Indian journal of veterinary science and animal husbandry - Volume 14,
Year: 1944
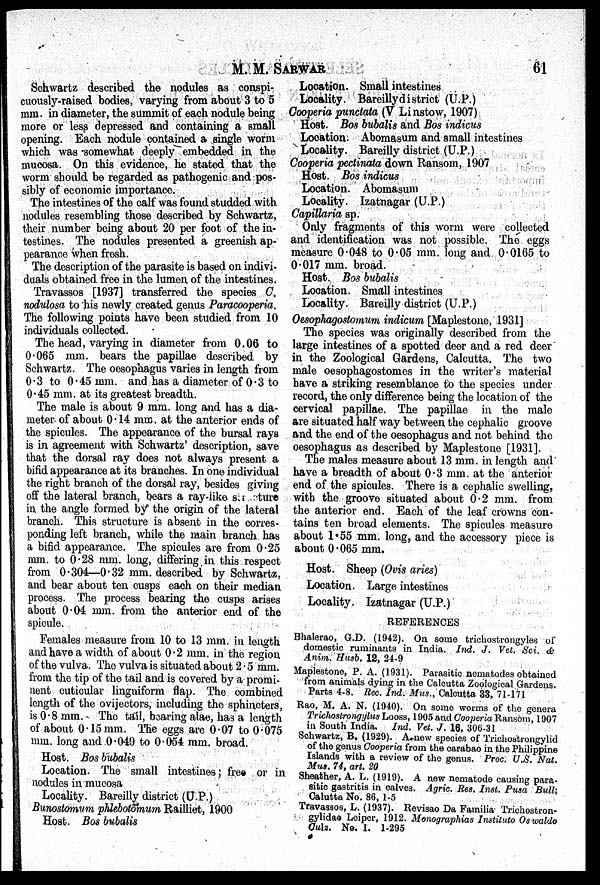
M. M.
SARWAR
61
Schwartz described the nodules as conspi-
cuously-raised bodies, varying from about 3 to 5
mm. in diameter, the summit of each nodule being
more or less depressed and containing a small
opening. Each nodule contained a single worm
which was somewhat deeply embedded in the
mucosa. On this evidence, he stated that the
worm should be regarded as pathogenic and pos-
sibly of economic importance.
The intestines of the calf was found studded with
nodules resembling those described by Schwartz,
their number being about 20 per foot of the in-
testines. The nodules presented a greenish ap-
pearance when fresh.
The description of the parasite is based on indivi-
duals obtained free in the lumen of the intestines.
Travassos [1937] transferred the species C.
nodulosa to his newly created genus Paracooperia.
The following points have been studied from 10
individuals collected.
The head, varying in diameter from 0.06 to
0.065 mm. bears the papillae described by
Schwartz. The oesophagus varies in length from
0.3 to 0.45 mm. and has a diameter of 0.3 to
0.45 mm. at its greatest breadth.
The male is about 9 mm. long and has a dia-
meter of about 0.14 mm. at the anterior ends of
the spicules. The appearance of the bursal rays
is in agreement with Schwartz' description, save
that the dorsal ray does not always present a
bifid appearance at its branches. In one individual
the right branch of the dorsal ray, besides giving
off the lateral branch, bears a ray-like structure
in the angle formed by the origin of the lateral
branch. This structure is absent in the corres-
ponding left branch, while the main branch has
a bifid appearance. The spicules are from 0.25
mm. to 0.28 mm. long, differing in this respect
from 0.304—0.32 mm. described by Schwartz,
and bear about ten cusps each on their median
process. The process bearing the cusps arises
about 0.04 mm. from the anterior end of the
spicule.
Females measure from 10 to 13 mm. in length
and have a width of about 0.2 mm. in the region
of the vulva. The vulva is situated about 2.5 mm.
from the tip of the tail and is covered by a promi-
nent cuticular linguiform flap. The combined
length of the ovijectors, including the sphincters,
is 0.8 mm. The tail, bearing alae, has a length
of about 0.15 mm. The eggs are 0.07 to 0.075
mm. long and 0.049 to 0.054 mm. broad.
Host. Bos bubalis
Location. The small intestines; free or in
nodules in mucosa
Locality. Bareilly district (U.P.)
Bunostomum phlebotomum Railliet, 1900
Host. Bos bubalis
Location. Small intestines
Locality. Bareillydistrict (U.P.)
Cooperia punctata (V Linstow, 1907)
Host. Bos bubalis and Bos indicus
Location. Abomasum and small intestines
Locality. Bareilly district (U.P.)
Cooperia pectinata down Ransom, 1907
Host. Bos indicus
Location. Abomasum
Locality. Izatnagar (U.P.)
Capillaria sp.
Only fragments of this worm were collected
and identification was not possible. The eggs
measure 0.048 to 0.05 mm. long and 0.0165 to
0.017 mm. broad.
Host. Bos bubalis
Location. Small intestines
Locality. Bareilly district (U.P.)
Oesophagostomum indicum [Maplestone, 1931]
The species was originally described from the
large intestines of a spotted deer and a red deer
in the Zoological Gardens, Calcutta. The two
male oesophagostomes in the writer's material
have a striking resemblance to the species under
record, the only difference being the location of the
cervical papillae. The papillae in the male
are situated half way between the cephalic groove
and the end of the oesophagus and not behind the
oesophagus as described by Maplestone [1931].
The males measure about 13 mm. in length and
have a breadth of about 0.3 mm. at the anterior
end of the spicules. There is a cephalic swelling,
with the groove situated about 0.2 mm. from
the anterior end. Each of the leaf crowns con-
tains ten broad elements. The spicules measure
about 1.55 mm. long, and the accessory piece is
about 0.065 mm.
Host. Sheep (Ovis aries)
Location. Large intestines
Locality. Izatnagar (U.P.)
REFERENCES
Bhalerao, G.D. (1942). On some trichostrongyles of
domestic ruminants in India. Ind. J. Vet. Sci. &
Anim. Husb. 12, 24-9
Maplestone, P. A. (1931). Parasitic nematodes obtained
from animals dying in the Calcutta Zoological Gardens.
Parts 4-8. Rec. Ind. Mus., Calcutta 33, 71-171
Rao, M. A. N. (1940). On some worms of the genera
Trichostrongylus Looss, 1905 and Cooperia Ransom, 1907
in South India. Ind. Vet. J. 16, 306-31
Schwartz, B. (1929). A new species of Trichostrongylid
of the genus Cooperia from the carabao in the Philippine
Islands with a review of the genus. Proc. U.S. Nat.
Mus. 74, art. 20
Sheather, A. L. (1919). A new nematode causing para-
sitic gastritis in calves. Agric. Res. Inst. Pusa Bull;
Calutta No. 86, 1-5
Travassos, L. (1937). Revisao Da Familia Trichostron-
gylidae Leiper, 1912. Monographias Instituto Os waldo
Culz. No. 1. 1-295